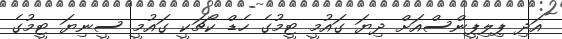
އަދި ޕިލިޕީންސްއަށް ދިޔަ ގައުމީ ޓީމުގެ ހެޑް ކޯޗަކީ ގައުމީ ސީނިޔަ ޓީމުގެ